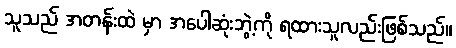
သူသည် အတန်းထဲ မှာ အပေါဆုံးဘွဲ့ကို ရထားသူလည်းဖြစ်သည်။